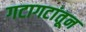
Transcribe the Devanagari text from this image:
गटागटांतून